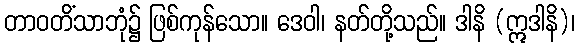
တာဝတိံသာဘုံ၌ ဖြစ်ကုန်သော။ ဒေဝါ၊ နတ်တို့သည်။ ဒါနိ (ဣဒါနိ)၊